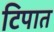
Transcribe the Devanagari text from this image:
टिपात